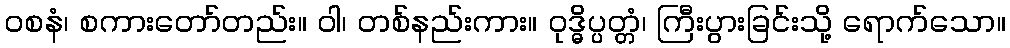
ဝစနံ၊ စကားတော်တည်း။ ဝါ၊ တစ်နည်းကား။ ဝုဒ္ဓိပ္ပတ္တံ၊ ကြီးပွားခြင်းသို့ ရောက်သော။